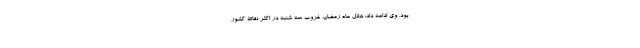
بود. وی ادامه داد: هلال ماه رمضان، غروب سه شنبه در اکثر نقاط کشور